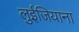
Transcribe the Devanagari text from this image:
लुईजियाना